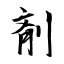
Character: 剤